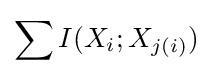
\sum I(X_{i};X_{j(i)})